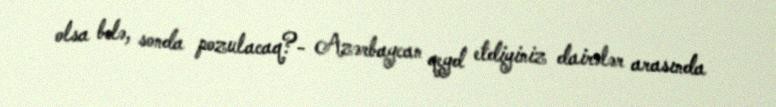
olsa belə, sonda pozulacaq?- Azərbaycan qeyd etdiyiniz dairələr arasında